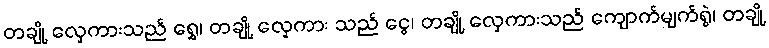
တချို့ လှေကားသည် ရွှေ၊ တချို့ လှေကား သည် ငွေ၊ တချို့ လှေကားသည် ကျောက်မျက်ရွဲ၊ တချို့